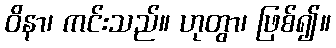
ဝိနာ၊ ကင်းသည်။ ဟုတွာ၊ ဖြစ်၍။